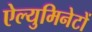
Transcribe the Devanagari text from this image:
ऐल्युमिनेटों